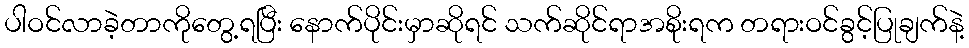
ပါဝင်လာခဲ့တာကိုတွေ့ရပြီး နောက်ပိုင်းမှာဆိုရင် သက်ဆိုင်ရာအစိုးရက တရားဝင်ခွင့်ပြုချက်နဲ့